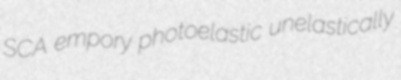
SCA empory photoelastic unelastically